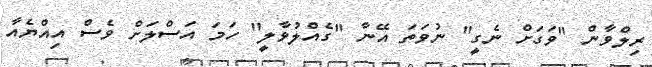
ރިލްވާން "ވަގަށް ނެގީ" ނުވަތަ އޭނާ "ގެއްލުވާލީ" ހަމަ އަސްލަށް ވެސް އިއްޔެއާ